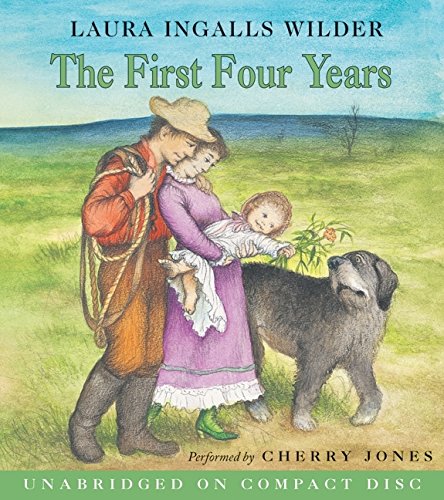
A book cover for The First Four Years CD (Little House the Laura Years); Laura Ingalls Wilder; Children's Books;